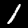
Label: 1